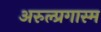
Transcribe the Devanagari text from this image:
अरुल्प्रगास्म